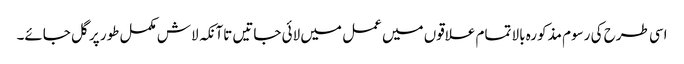
اسی طرح کی رسوم مذکورہ بالا تمام علاقوں میں عمل میں لائی جاتیں تاآنکہ لاش مکمل طور پر گل جائے۔